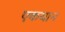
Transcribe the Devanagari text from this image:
एकयान